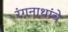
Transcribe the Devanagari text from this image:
रंगनाथांचे